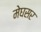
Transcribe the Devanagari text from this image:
मेघसर